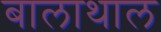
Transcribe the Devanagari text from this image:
बालाथाल